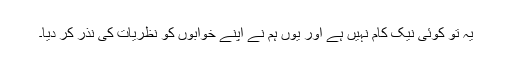
یہ تو کوئی نیک کام نہیں ہے اور یوں ہم نے اپنے خوابوں کو نظریات کی نذر کر دیا۔